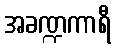
အခဏ္ဍကာရီ